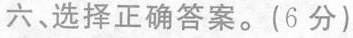
六，选择正确答案。(6分)